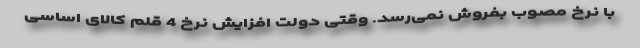
با نرخ مصوب بفروش نمی‌رسد. وقتی دولت افزایش نرخ 4 قلم کالای اساسی